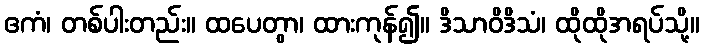
ဧကံ၊ တစ်ပါးတည်း။ ထပေတွာ၊ ထားကုန်၍။ ဒိသာဝိဒိသံ၊ ထိုထိုအရပ်သို့။